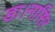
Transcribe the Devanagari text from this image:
डा।नासिर